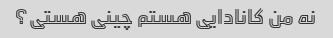
نه من کانادایی هستم چینی هستی؟